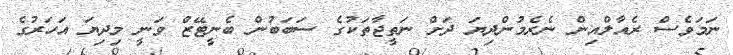
ނަމަވެސް ރެއާލްއިން ނެރެމުންދިޔަ ދަށް ނަތީޖާތަކުގެ ސަބަބުން ބެނީޓޭޒް ވަނީ މިދިޔަ އަހަރުގެ